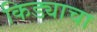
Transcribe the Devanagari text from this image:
किड्याचा